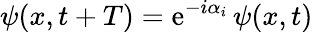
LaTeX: \psi(x,t+T)=\mathrm{e}^{-i\alpha_{i}}\, \psi(x,t)